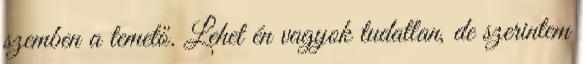
szemben a temető. Lehet én vagyok tudatlan, de szerintem